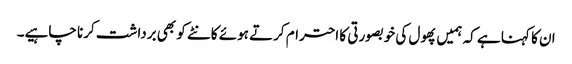
ان کا کہنا ہے کہ ہمیں پھول کی خوبصورتی کا احترام کرتے ہوئے کانٹے کو بھی برداشت کرنا چاہیے۔